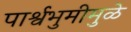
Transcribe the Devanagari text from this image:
पार्श्वभुमीमुळे